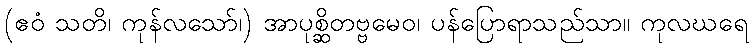
(ဧဝံ သတိ၊ ကုန်လသော်၊) အာပုစ္ဆိတဗ္ဗမေဝ၊ ပန်ပြောရာသည်သာ။ ကုလဃရေ